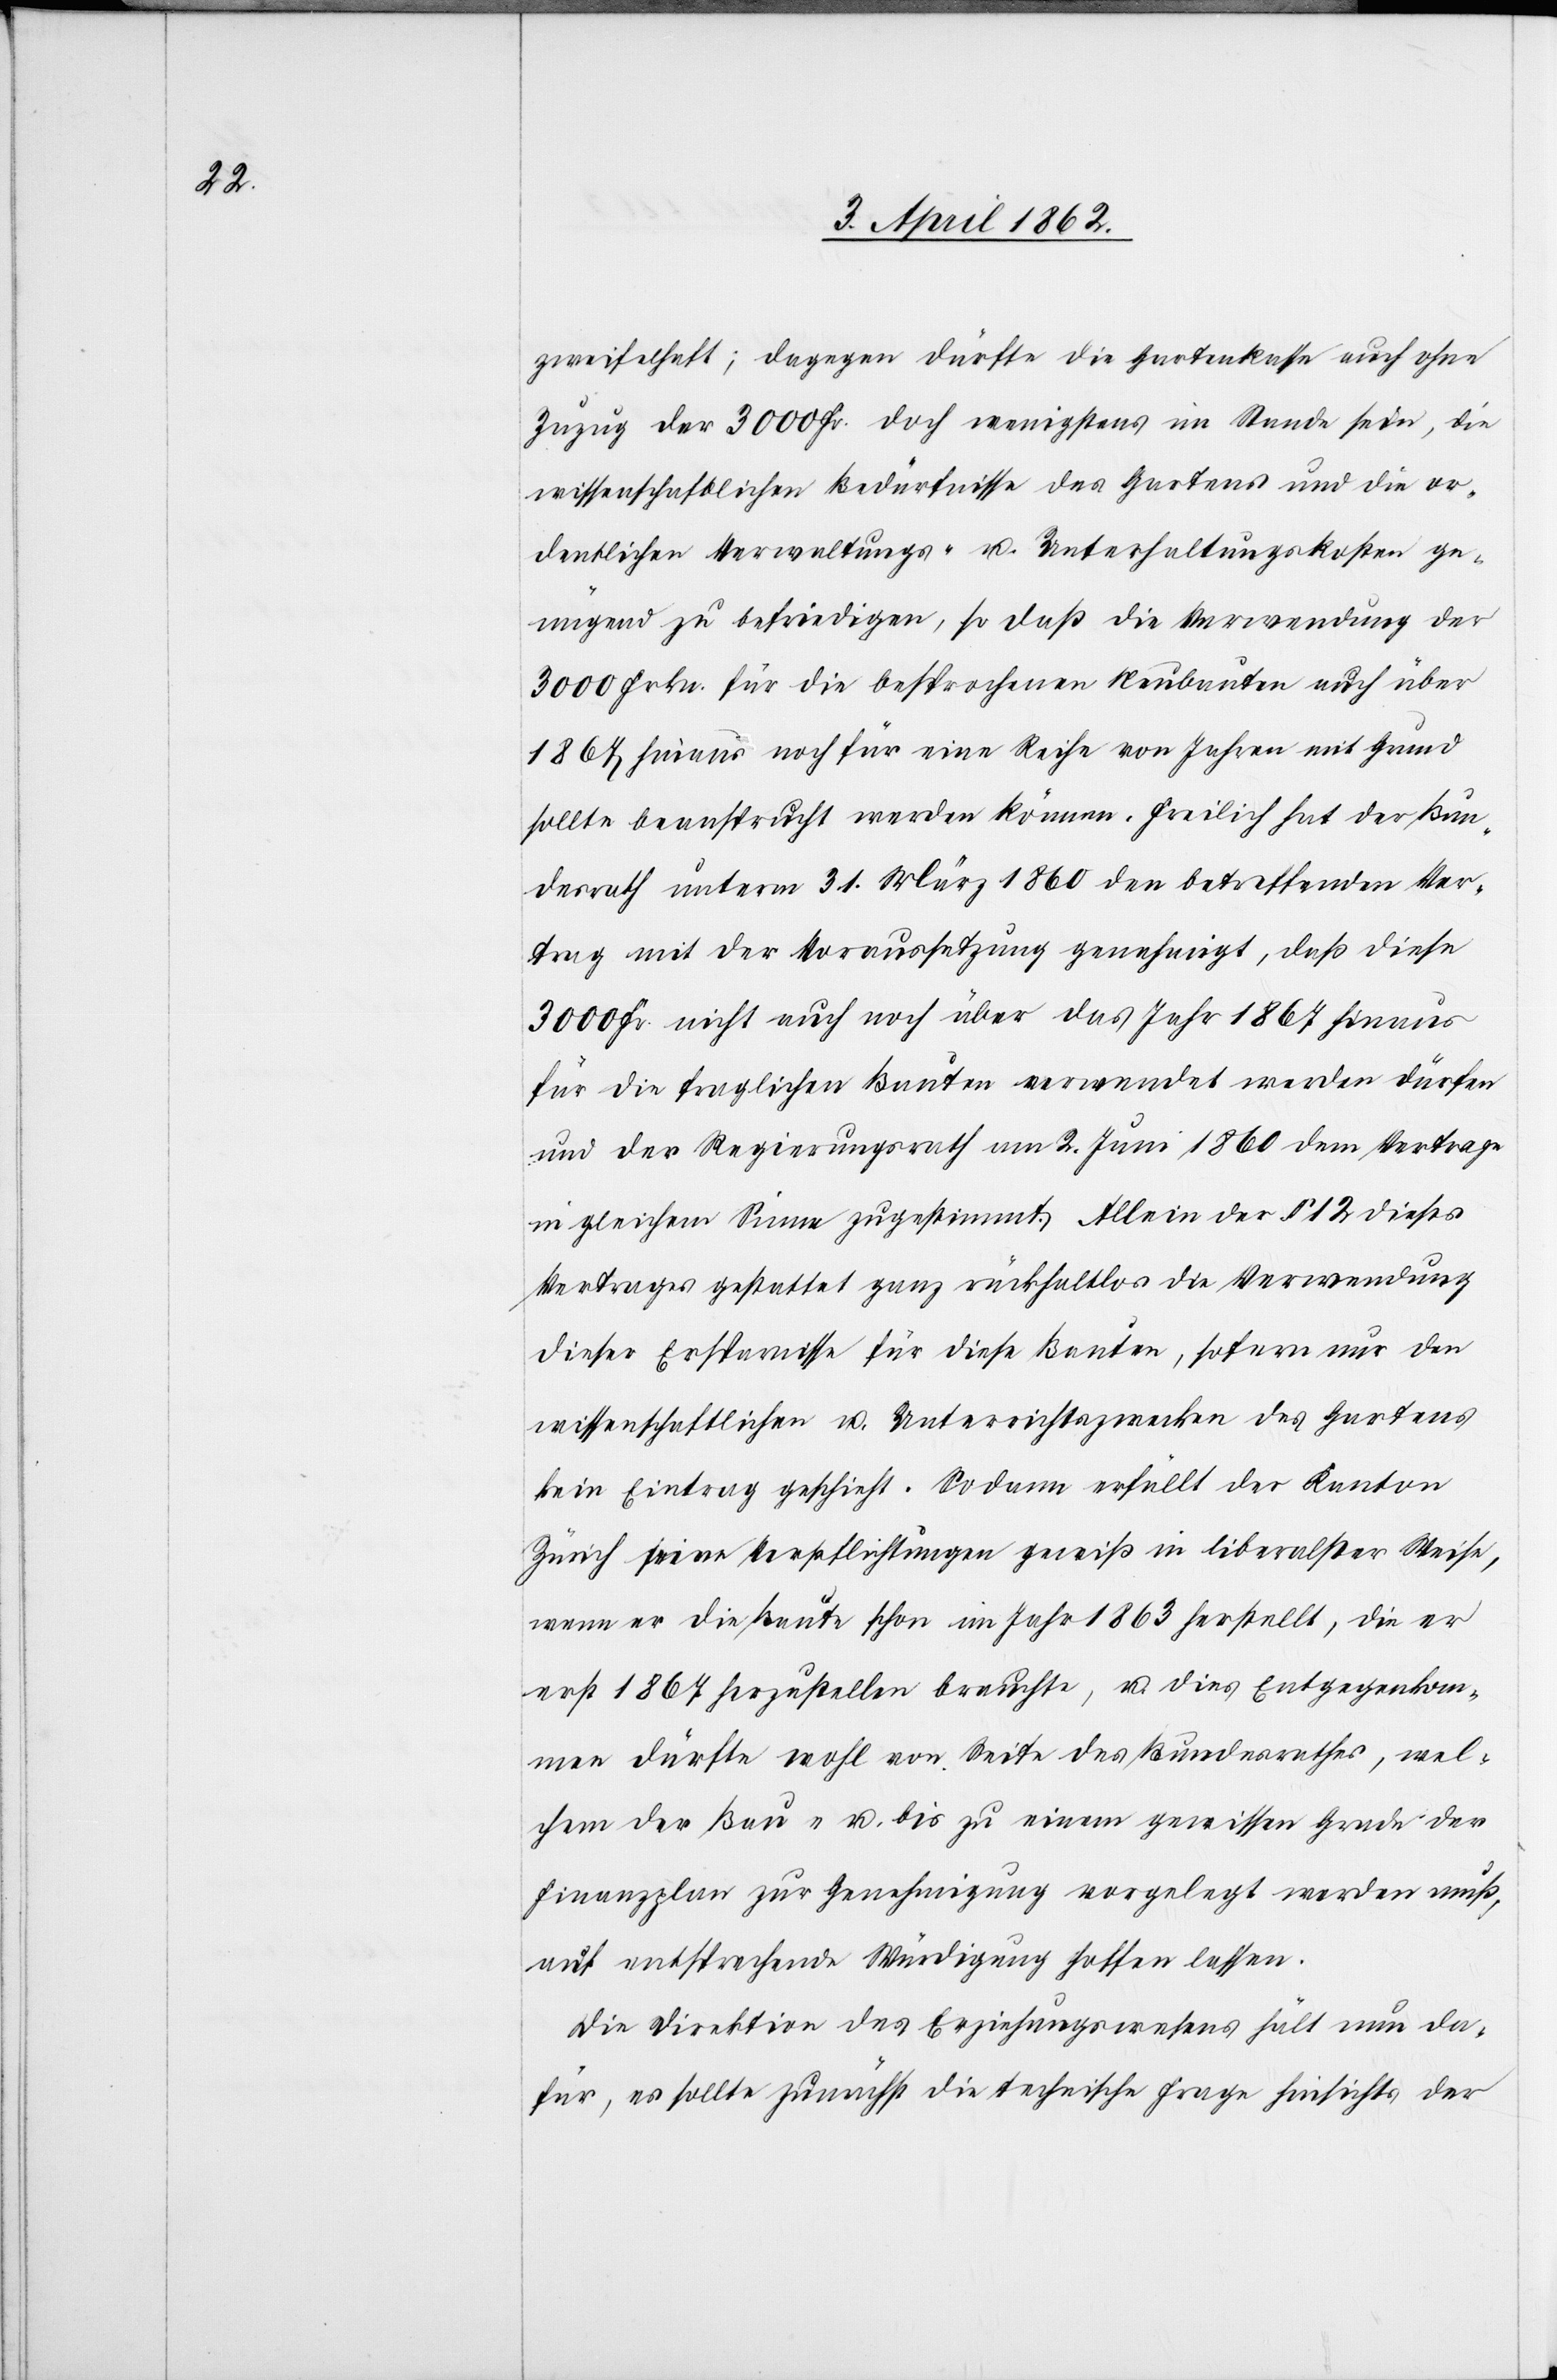
zweifelhaft; dagegen dürfte die Gartenkasse auch ohne
Zuzug der 3000 Fr. doch wenigstens im Stande sein, die
wissenschaftlichen Bedürfnisse des Gartens und die or¬
dentlichen Verwaltungs- u. Unterhaltungskosten ge¬
nügend zu befriedigen, so daß die Verwendung der
3000 Frkn. für die Besprochenen Neubauten auch über
1864 hinaus noch für eine Reihe von Jahren mit Grund
sollte beansprucht werden können. Freilich hat der Bunde¬
srath mit der Voraussetzung genehmigt, daß diese
3000 Fr. nicht auch noch über das Jahr 1867 hinaus
für die fraglichen Bauten verwendet werden dürfen
und der Regierungsrath am 2. Juni 1860 dem Vertrage
in gleichem Sinne zugestimmt. Allein der §. 12. dieses
Vertrages gestattet ganz rückhaltlos die Verwendung
dieser Ersparnisse für diese Bauten, sofern nur den
wissenschaftlichen u. Unterrichtszwecken des Gartens
kein Eintrag geschieht. Sodann erfüllt der Kanton
Zürich seine Verpflichtungen gemäß in liberalster Weise,
wenn er die Baute schon im Jahr 1863 herstellt, die er
erst 1867 herzustellen brauchte, u. dies Entegegenkom¬
men dürfte wohl von Seite des Bundesrathes, wel¬
chem der Bau- u. bis zu einem gewissen Grade der
Finanzplan zur Genehmigung vorgelegt werden muß,
auf entsprechende Würdigung hoffen lassen.
Die Direktion des Erziehungswesens hält nun da¬
für, es sollte zunächst die technische Frage hinsichts der